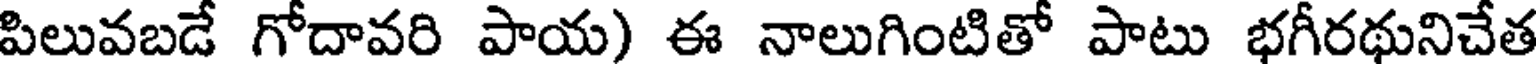
పిలువబడే గోదావరి పాయ) ఈ నాలుగింటితో పాటు భగీరథునిచేత